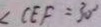
\angle C E F = 3 0 ^ { \circ }